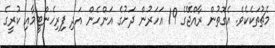
މެޗުތަކެކެވެ. އެގޮތުން ރާއްޖޭގެ 19 އަހަރުން ދަށުގެ އަންހެން އަދި ފިރިހެންޓީމާއި ކުރީގެ